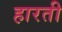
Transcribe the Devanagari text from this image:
हारती